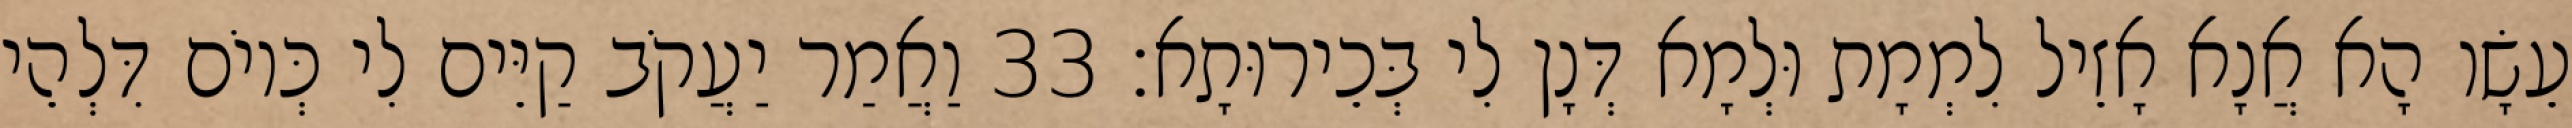
עֵשָׂו הָא אֲנָא אָזֵיל לִמְמָת וּלְמָא דְּנָן לִי בְּכֵירוּתָא׃ 33 וַאֲמַר יַעֲקֹב קַיֵּים לִי כְּיוֹם דִּלְהֵי